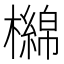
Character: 檰